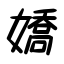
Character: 嬌